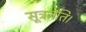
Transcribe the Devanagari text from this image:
सूत्रनेति।